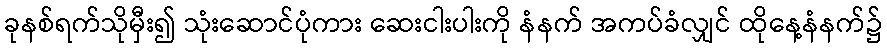
ခုနစ်ရက်သိုမှီး၍ သုံးဆောင်ပုံကား ဆေးငါးပါးကို နံနက် အကပ်ခံလျှင် ထိုနေ့နံနက်၌